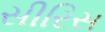
સીરિસ